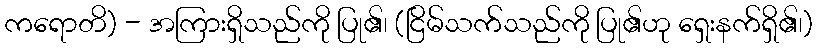
ကရောတိ) - အကြားရှိသည်ကို ပြု၏၊ (ငြိမ်သက်သည်ကို ပြု၏ဟု ရှေးနက်ရှိ၏၊)